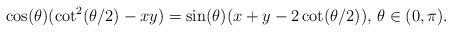
LaTeX: \begin{align*}\cos(\theta) (\cot^2(\theta/2)-xy) = \sin(\theta)(x+y-2\cot(\theta/2)), \,\theta \in (0,\pi).\end{align*}